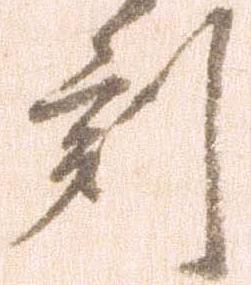
刻